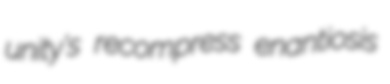
unity's recompress enantiosis